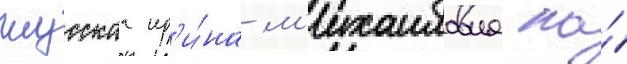
глусскаа ир'и́на м'ихаиловна на́